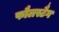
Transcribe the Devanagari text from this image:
फौलस्टैग